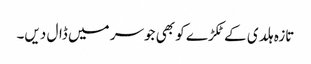
تازہ ہلدی کے ٹکڑے کو بھی جوسر میں ڈال دیں۔